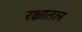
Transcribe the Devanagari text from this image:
रक्षातल